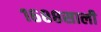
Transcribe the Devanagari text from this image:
१६८८साली